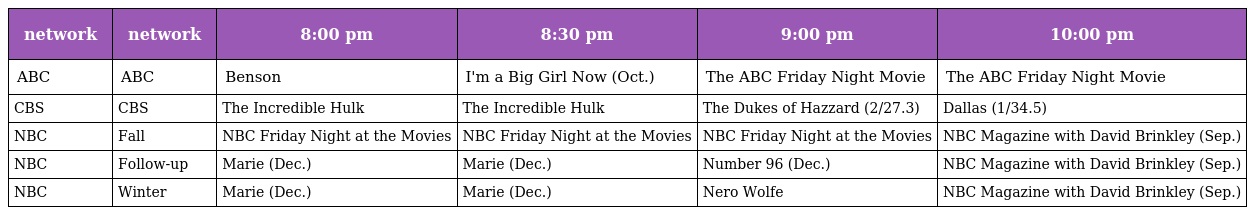
| network | network | 8:00 pm | 8:30 pm | 9:00 pm | 10:00 pm |
 | --- | --- | --- | --- | --- | --- |
 | ABC | ABC | Benson | I'm a Big Girl Now (Oct.) | The ABC Friday Night Movie | The ABC Friday Night Movie |
 | CBS | CBS | The Incredible Hulk | The Incredible Hulk | The Dukes of Hazzard (2/27.3) | Dallas (1/34.5) |
 | NBC | Fall | NBC Friday Night at the Movies | NBC Friday Night at the Movies | NBC Friday Night at the Movies | NBC Magazine with David Brinkley (Sep.) |
 | NBC | Follow-up | Marie (Dec.) | Marie (Dec.) | Number 96 (Dec.) | NBC Magazine with David Brinkley (Sep.) |
 | NBC | Winter | Marie (Dec.) | Marie (Dec.) | Nero Wolfe | NBC Magazine with David Brinkley (Sep.) |